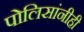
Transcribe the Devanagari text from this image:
पोलिसांनीही